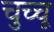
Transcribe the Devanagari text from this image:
चुच्चू